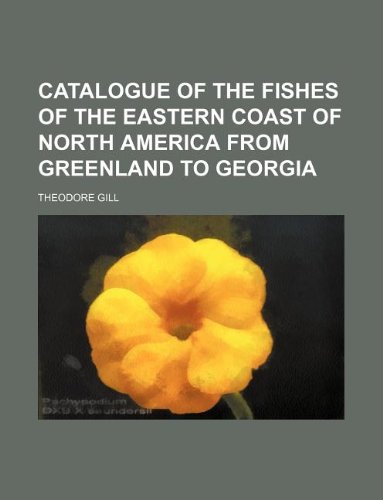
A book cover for Catalogue of the fishes of the eastern coast of North America from Greenland to Georgia; Theodore Gill; History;